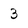
Character: 3